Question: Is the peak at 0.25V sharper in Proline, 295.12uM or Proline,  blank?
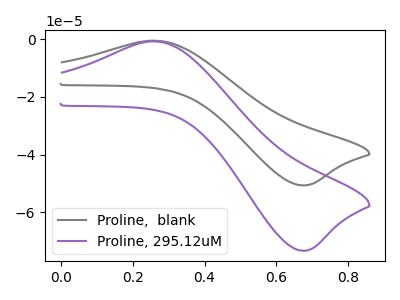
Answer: <think>The gray curve "Proline,  blank" has an anodic peak at (0.25V, -0.50uA) and a cathodic peak at (0.65V, -50.65uA). The purple curve "Proline, 295.12uM" has an anodic peak at (0.25V, -0.75uA) and a cathodic peak at (0.65V, -73.30uA).</think>
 <answer>The peak at 0.25V is lower in "Proline, 295.12uM" than in "Proline,  blank".</answer>
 <eval>lower</eval>